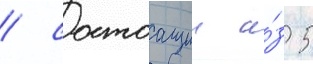
/ состоащии и́з 5